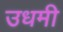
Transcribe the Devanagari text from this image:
उधमी